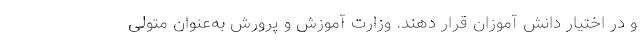
و در اختیار دانش آموزان قرار دهند. وزارت آموزش و پرورش به‌عنوان متولی